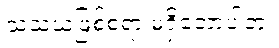
သံသယဖြစ်စရာ မရှိတော့ပါဘူး